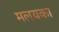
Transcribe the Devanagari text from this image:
मलयका